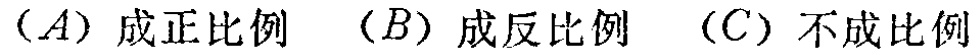
$(A)\text{ 成正比例}\quad (B)\text{ 成反比例}\quad (C)\text{ 不成比例}$